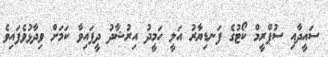
ސައީދާއި ސުޕްރީމް ކޯޓުގެ ފަނޑިޔާރު އަލީ ހަމީދު އިރުޝާދު ދީފައިވާ ކަމަށް ވިދާޅުވެފައިވެ